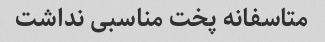
متاسفانه پخت مناسبی نداشت